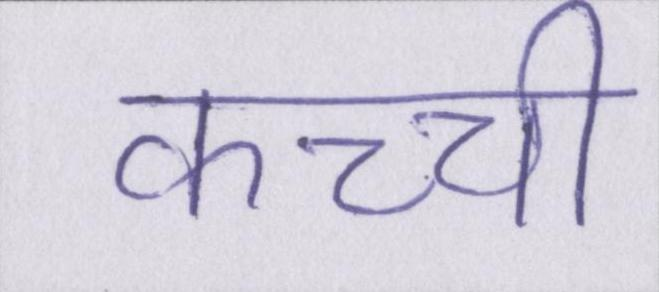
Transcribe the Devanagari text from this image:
कच्ची